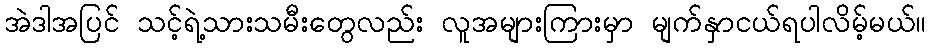
အဲဒါအပြင် သင့်ရဲ့သားသမီးတွေလည်း လူအများကြားမှာ မျက်နှာငယ်ရပါလိမ့်မယ်။